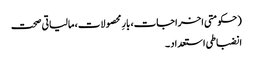
(حکومتی اخراجات، بارِ محصولات، مالیاتی صحت
انضباطی استعداد ۔